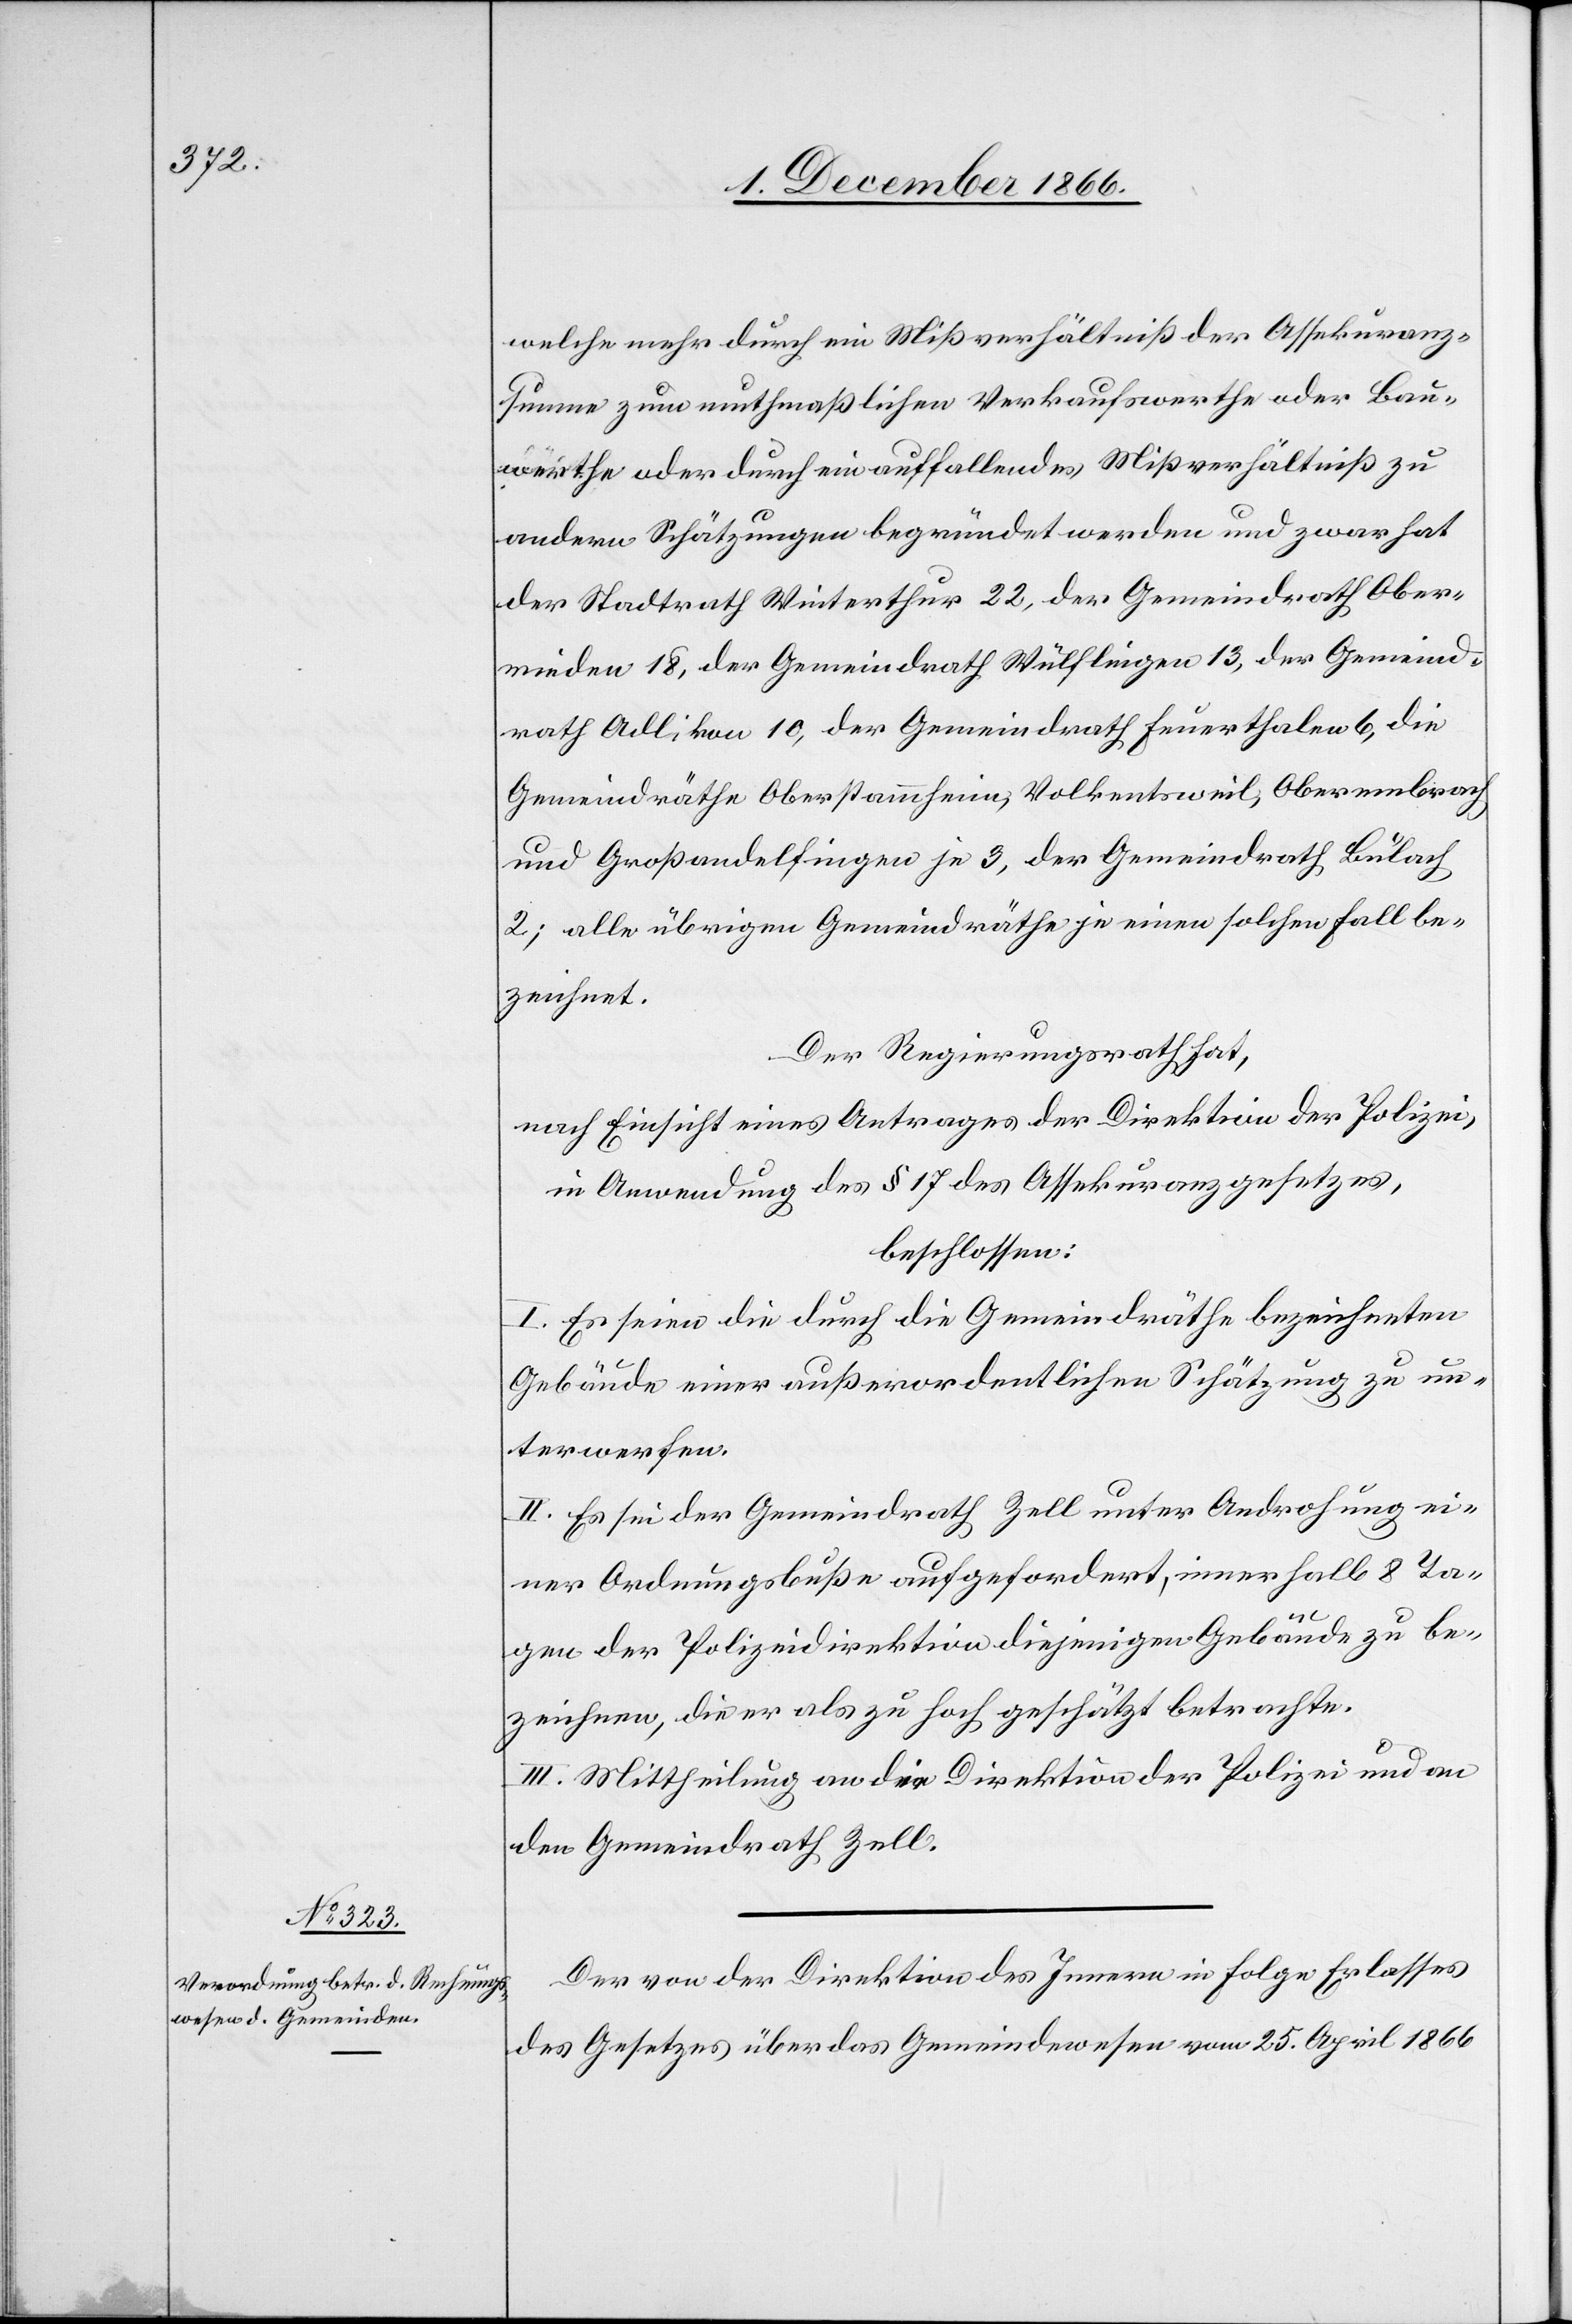
welche mehr durch ein Mißverhältniß der Assekuranz¬
summe zum muthmaßlichen Verkaufswerthe oder Bau¬
werthe oder durch ein auffallendes Mißverhältniß zu
andern Schätzungen begründet werden und zwar hat
der Stadtrath Winterthur 22, der Gemeindrath Oberr¬
ieden 18, der Gemeindrath Wülflingen 13, der Gemeind¬
rath Adlikon 10, der Gemeindrath Feuerthalen 6, die
Gemeindräthe Oberstammheim, Volkentsweil, Oberembrach
und Großandelfingen je 3, der Gemeindrath Bülach
2; alle übrigen Gemeindräthe je einen solchen Fall be¬
zeichnet.
Der Regierungsrath hat,
nach Einsicht eines Antrages der Direktion der Polizei,
in Anwendung des § 17 des Assekuranzgesetzes,
beschlossen:
I. Es seien die durch die Gemeindräthe bezeichneten
Gebäude einer außerordentlichen Schätzung zu un¬
terwerfen.
II. Es sei der Gemeindrath Zell unter Androhung ei¬
ner Ordnungsbuße aufgefordert, innerhalb 8 Ta¬
gen der Polizeidirektion diejenigen Gebäude zu be¬
zeichnen, die er als zu hoch geschätzt betrachte.
III. Mittheilung an die Direktion der Polizei und an
den Gemeindrath Zell.
Der von der Direktion des Innern in Folge Erlasses
des Gesetzes über das Gemeindewesen vom 25. April 1866